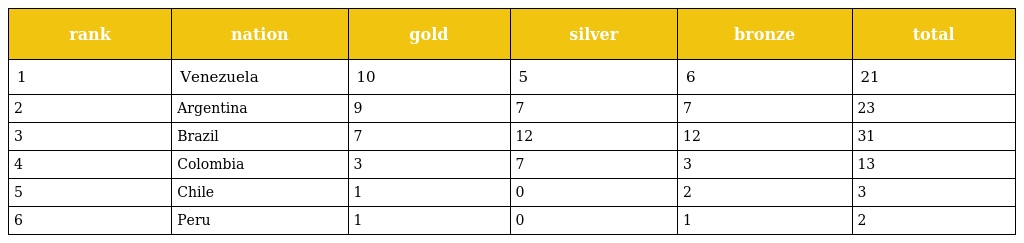
| rank | nation | gold | silver | bronze | total |
 | --- | --- | --- | --- | --- | --- |
 | 1 | Venezuela | 10 | 5 | 6 | 21 |
 | 2 | Argentina | 9 | 7 | 7 | 23 |
 | 3 | Brazil | 7 | 12 | 12 | 31 |
 | 4 | Colombia | 3 | 7 | 3 | 13 |
 | 5 | Chile | 1 | 0 | 2 | 3 |
 | 6 | Peru | 1 | 0 | 1 | 2 |